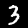
Label: 3